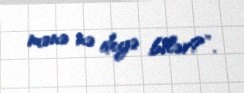
mənə nə deyə bilər?”.